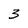
Character: 3